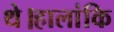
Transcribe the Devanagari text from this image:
थे।हालांकि